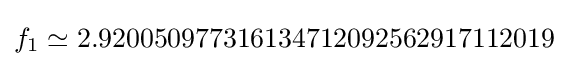
f_{1}\simeq 2.920050977316134712092562917112019